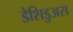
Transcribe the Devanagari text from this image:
डेशिडुअस